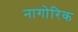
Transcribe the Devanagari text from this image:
नागोरिक